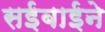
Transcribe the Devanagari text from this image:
सईबाईने